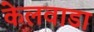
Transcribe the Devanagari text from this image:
केलवाडा